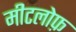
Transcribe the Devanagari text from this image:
मीटलोफ़